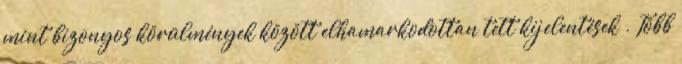
mint bizonyos körülmények között elhamarkodottan tett kijelentések . Több